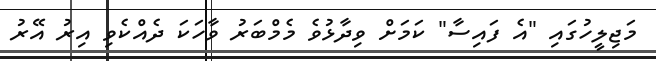
މަޖިލީހުގައި "އެ ފައިސާ" ކަމަށް ވިދާޅުވެ މެމްބަރު ވާހަކަ ދެއްކެވި އިރު އޭރު